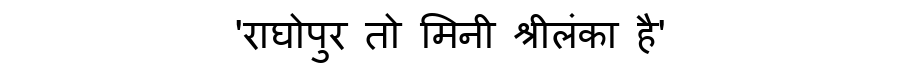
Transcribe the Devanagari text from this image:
'राघोपुर तो मिनी श्रीलंका है'